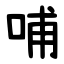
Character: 哺